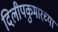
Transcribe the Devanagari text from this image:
दिलीपकुमारच्या